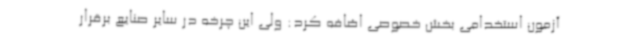
آزمون استخدامی بخش خصوصی اضافه کرد: ولی این چرخه در سایر صنایع برقرار